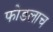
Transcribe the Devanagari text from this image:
फोडलाच